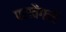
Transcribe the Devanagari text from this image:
परावैंगनी